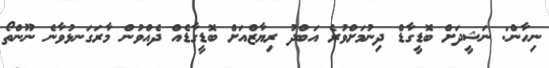
ނިހާން: ނަޝީދަށް ބޮޑީގާޑް ދިނުމަށްވުރެ އަބްދު ރިޔާޒްއަށް ބޮޑީގާޑެއް ދެއްވުން މާރަގަނޅުވާނެ ނޫންތޯ